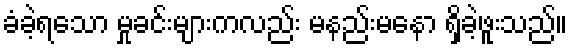
ခံခဲ့ရသော မှုခင်းများကလည်း မနည်းမနော ရှိခဲ့ဖူးသည်။